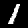
Label: 1